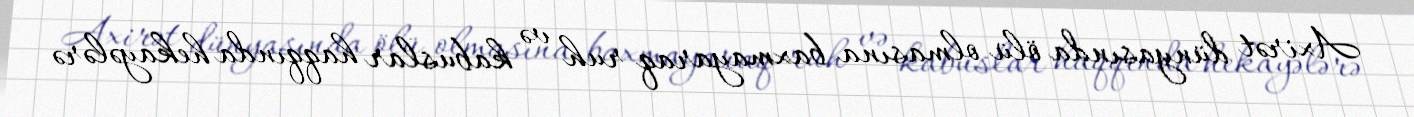
Axirət dünyasında ölü olmasına baxmayaraq ruh və kabuslar haqqında hekayələrə